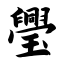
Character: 璺